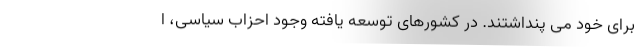
برای خود می پنداشتند. در کشورهای توسعه یافته وجود احزاب سیاسی‌، ا